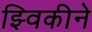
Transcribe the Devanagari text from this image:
झ्विकीने